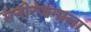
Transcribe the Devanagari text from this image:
मनोरंजनाला